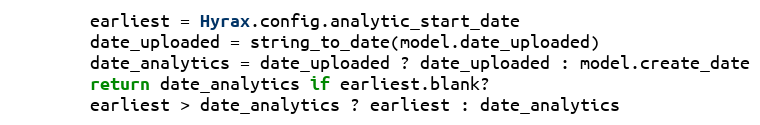
Language: Ruby
        earliest = Hyrax.config.analytic_start_date
        date_uploaded = string_to_date(model.date_uploaded)
        date_analytics = date_uploaded ? date_uploaded : model.create_date
        return date_analytics if earliest.blank?
        earliest > date_analytics ? earliest : date_analytics